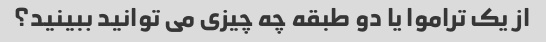
از یک تراموا یا دو طبقه چه چیزی می توانید ببینید؟